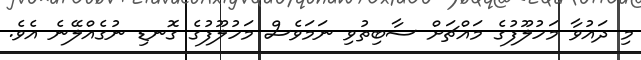
މި ދައުވާ މަހުލޫފުގެ މައްޗަށް ސާބިތުވި ނަމަވެސް މަހުލޫފުގެ ގޮނޑި ނުގެއްލޭނެ އެވެ.